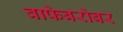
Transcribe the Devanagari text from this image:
वाफेबरोबर